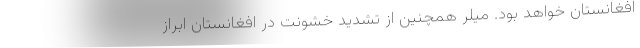
افغانستان خواهد بود. میلر همچنین از تشدید خشونت در افغانستان ابراز